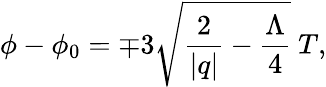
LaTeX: \phi-\phi_{0}=\mp 3\sqrt{\frac{2}{|q|}-\frac{\Lambda}{4}}\ T,